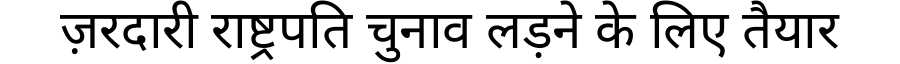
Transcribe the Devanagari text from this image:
ज़रदारी राष्ट्रपति चुनाव लड़ने के लिए तैयार